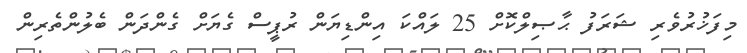
މިފަޚުރުވެރި ޝަރަފު ޙާޞިލްކޮށް 25 ލައްކަ އިންޑިޔަން ރުޕީސް ގެޔަށް ގެންދަން ބެލުންތެރިން